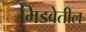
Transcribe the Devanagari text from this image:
मिडवेतील